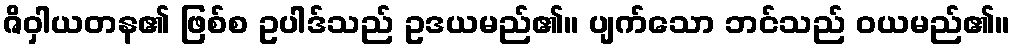
ဇိဝှါယတန၏ ဖြစ်စ ဥပါဒ်သည် ဥဒယမည်၏။ ပျက်သော ဘင်သည် ဝယမည်၏။